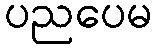
ပညပေမ